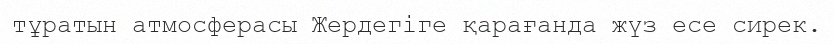
тұратын атмосферасы Жердегіге қарағанда жүз есе сирек.